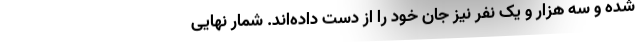
شده و سه هزار و یک نفر نیز جان خود را از دست داده‌اند. شمار نهایی